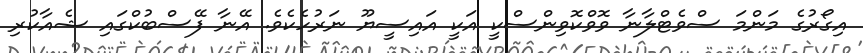
އިގޯރުގެ މަންމަ ސްވެޓްލާނާ ވޮވްކޮވިންސްކީ އަކީ އައިސީޔޫ ނަރުހެކެވެ. އޭނާ ފޭސްބުކްގައި ޝެއާކުރި